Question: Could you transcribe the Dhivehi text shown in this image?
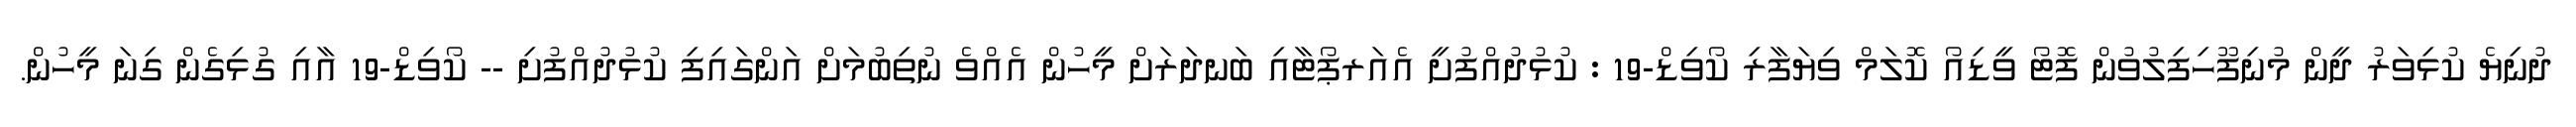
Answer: ދުނިޔެ ކުޅިވަރު ދީން މުނިފޫހިފިލުވުން ފޮޓޯ ވީޑިއޯ ކޮލަމް ވިޔަފާރި ކޯވިޑް-19 : ކުޅުދުއްފުށީ އެއަރޕޯޓާއި ބަނދަރަށް މީހުން އެއްވެ ނުތިބުމަށް އަންގައިފި ކުޅުދުއްފުށި -- ކޯވިޑް-19 އާއި ގުޅިގެން ގިނަ މީހުން.